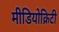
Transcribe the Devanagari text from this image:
मीडियोक्रिटी